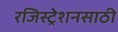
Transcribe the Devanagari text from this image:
रजिस्ट्रेशनसाठी